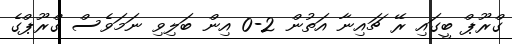
ގްރޫޕް ބީގައި ރޭ ޗައިނާ އަތުން 2-0 އިން ބަލިވި ނަމަވެސް ގްރޫޕްގެ